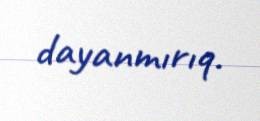
dayanmırıq.